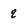
Character: q